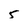
Character: 5